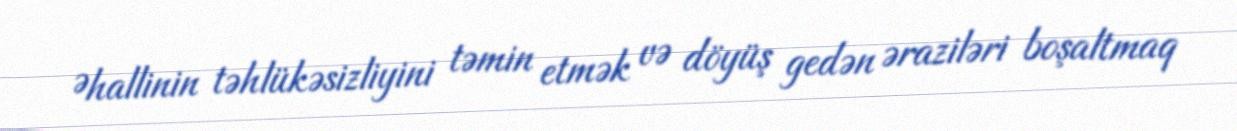
Əhallinin təhlükəsizliyini təmin etmək və döyüş gedən əraziləri boşaltmaq